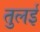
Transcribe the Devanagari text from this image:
तुलई